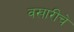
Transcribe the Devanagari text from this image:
वखारीचे